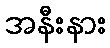
အနီးနား